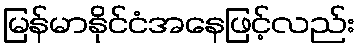
မြန်မာနိုင်ငံအနေဖြင့်လည်း